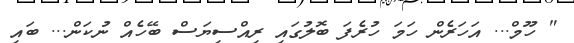
" ހޫމް... އަހަރެން ހަމަ ހުރެފަ ބޮލުގައި ރިއްސިޔަސް ބޭހެއް ނުކަން... ބައި